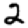
Digit: 2